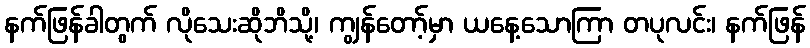
နက်ဖြန်ခါတွက် လိုသေးဆိုဘိသို့၊ ကျွန်တော့်မှာ ယနေ့သောကြာ တပုလင်း၊ နက်ဖြန်